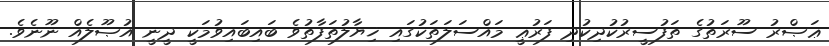
ޢަޞްރު ސޫރަތުގެ ތަފުސީރުކުދިކުދި ފަރުޢީ މައްސަލަތަކުގައި ޚިޔާލުތަފާތުވެ ބައިބައިވުމަކީ ދީނީ އުޞޫލެއް ނޫނެވެ.